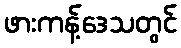
ဖားကန့်ဒေသတွင်